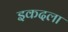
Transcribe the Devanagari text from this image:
इकदला